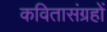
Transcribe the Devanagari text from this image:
कवितासंग्रहों